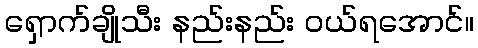
ရှောက်ချိုသီး နည်းနည်း ဝယ်ရအောင်။